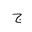
Letter: _gim